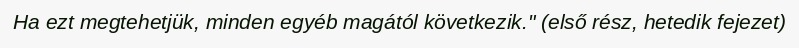
Ha ezt megtehetjük, minden egyéb magától következik." (első rész, hetedik fejezet)